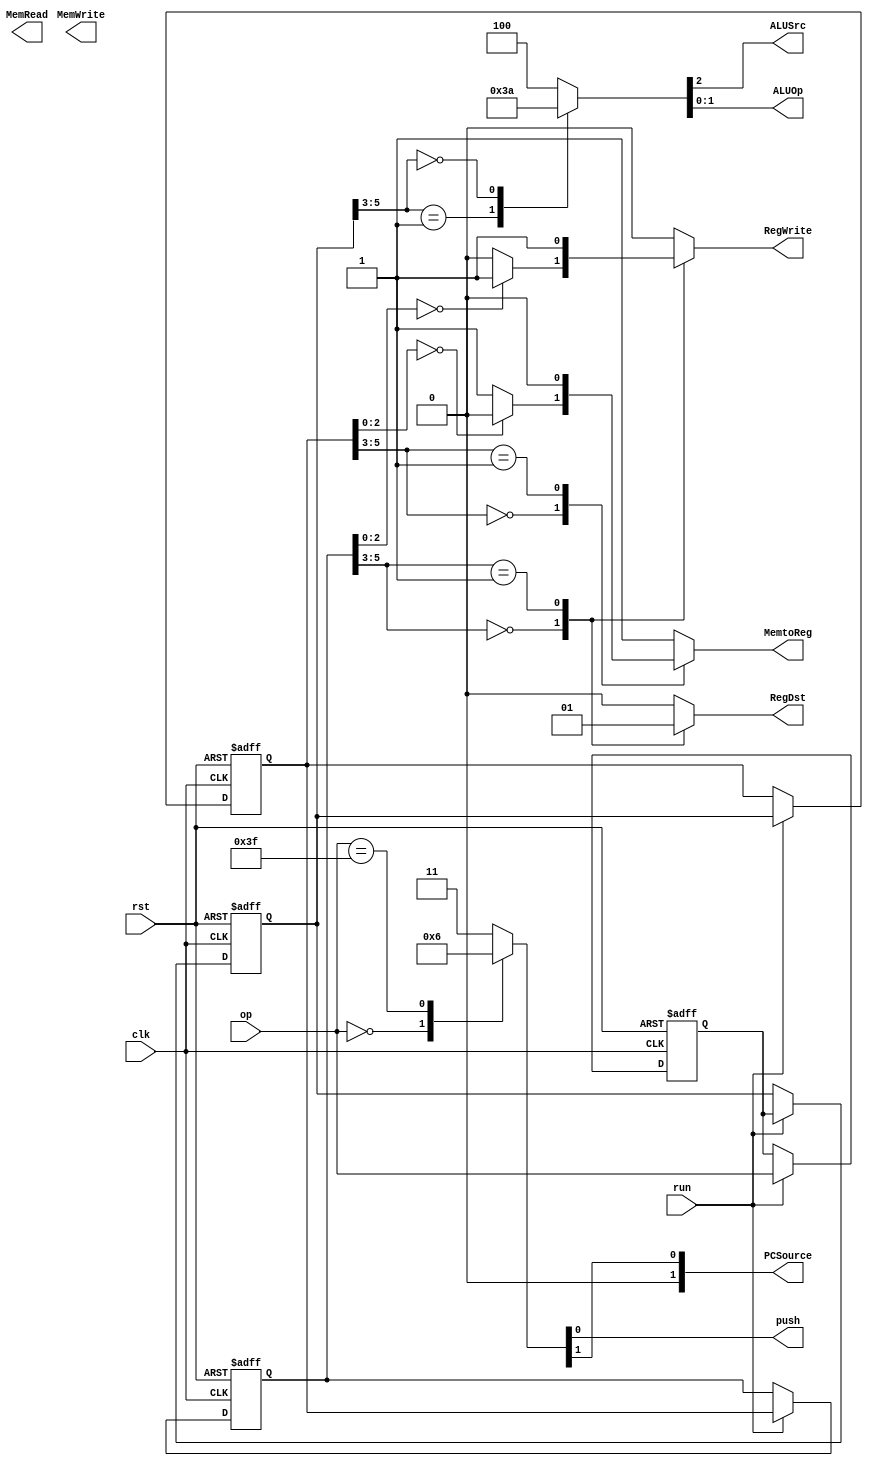
`timescale 1ns / 1ps
//////////////////////////////////////////////////////////////////////////////////
// Company: 
// Engineer: 
// 
// Design Name: 
// Module Name: CPU_control
// Project Name: 
// Target Devices: 
// Tool Versions: 
// Description: 
// 
// Dependencies: 
// 
// Revision:
// Revision 0.01 - File Created
// Additional Comments:
// 
//////////////////////////////////////////////////////////////////////////////////


module CPU_control(clk,rst,run,op,RegDst,MemRead,MemtoReg,MemWrite,ALUSrc,RegWrite,push,ALUOp,PCSource);
    input clk,rst,run;
    input [5:0]op;
    output reg RegDst,MemRead,MemtoReg,MemWrite,ALUSrc,RegWrite,push;
    output reg [1:0]ALUOp,PCSource;
    
    wire [5:0]IF_state;
    reg [5:0]ID_state;
    reg [5:0]EX_state;
    reg [5:0]MEM_state;
    reg [5:0]WB_state;
    
    parameter NONE = 6'b111111;
    
    assign IF_state = op;
    
    always @(posedge clk or posedge rst)
    begin
        if(rst)
        begin
            ID_state <= NONE;
            EX_state <= NONE;
            MEM_state <= NONE;
            WB_state <= NONE;
        end
        else
        begin
            if(run)
            begin
                ID_state <= IF_state;
                EX_state <= ID_state;
                MEM_state <= EX_state;
                WB_state <= MEM_state;
            end
            else
            begin
                ID_state <= ID_state;
                EX_state <= EX_state;
                MEM_state <= MEM_state;
                WB_state <= WB_state;
            end
        end
    end
    
    always @(*)
    begin
        case(IF_state)
            6'b000000: {PCSource,push}  = 3'b001;
            6'b111111: {PCSource,push} = 3'b010;
            default: {PCSource,push} = 3'b011;
        endcase
    end
    
    /*always @(*)
    begin
        case(ID_state)
            000000: PCSource  = 2'b00;
            default: PCSource = 2'b01;
        endcase
    end*/
    
    always @(*)
    begin
        case(EX_state[5:3])
            3'b001: {ALUSrc,ALUOp} = 3'b111;
            3'b000: {ALUSrc,ALUOp} = 3'b010;
            default: {ALUSrc,ALUOp} = 3'b100;
        endcase
    end
    
    always @(*)
    begin
        case(MEM_state[5:3])
            3'b000:
            begin
                if(MEM_state[2:0] == 3'b000) MemtoReg = 1'b0;
                else MemtoReg = 1'b1;
            end
            3'b001: MemtoReg = 1'b0;
            default: MemtoReg = 1'b1;
        endcase
    end
    
    always @(*)
    begin
        case(WB_state[5:3])
            3'b000: 
            begin
                if(WB_state[2:0] == 3'b000) {RegDst,RegWrite} = 2'b01;
                else {RegDst,RegWrite} = 2'b00;
            end
            3'b001: {RegDst,RegWrite} = 2'b11;
            default: {RegDst,RegWrite} = 2'b00;
        endcase
    end
endmodule